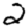
Digit: 2